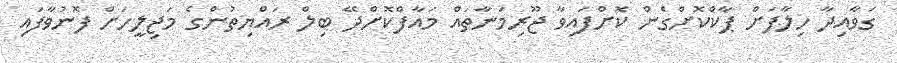
ގަވާއިދާ ހިލާފަށް ޕާކްކޮށްގެން ކޮށްފައިވާ ޖޫރިމަނާތައް މައާފްކޮށްދޭ ބިލް ރައްޔިތުންގެ މަޖިލީހަށް ފޮނުވާފައި